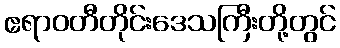
ဧရာဝတီတိုင်းဒေသကြီးတို့တွင်